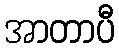
အာတာပီ